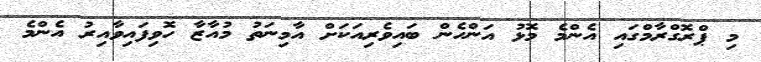
މި ޕްރޮގްރާމްގައި އެންމެ މޮޅު އަންހެން ބައިވެރިއަކަށް އާމިނަތު މުއާޒާ ހޮވިފައިވާއިރު އެންމެ